Report on sanitation, dispensaries, and jails in Rajputana for 1918, and on vaccination for the year 1918-1919 - 1918-1919
Year: 1918
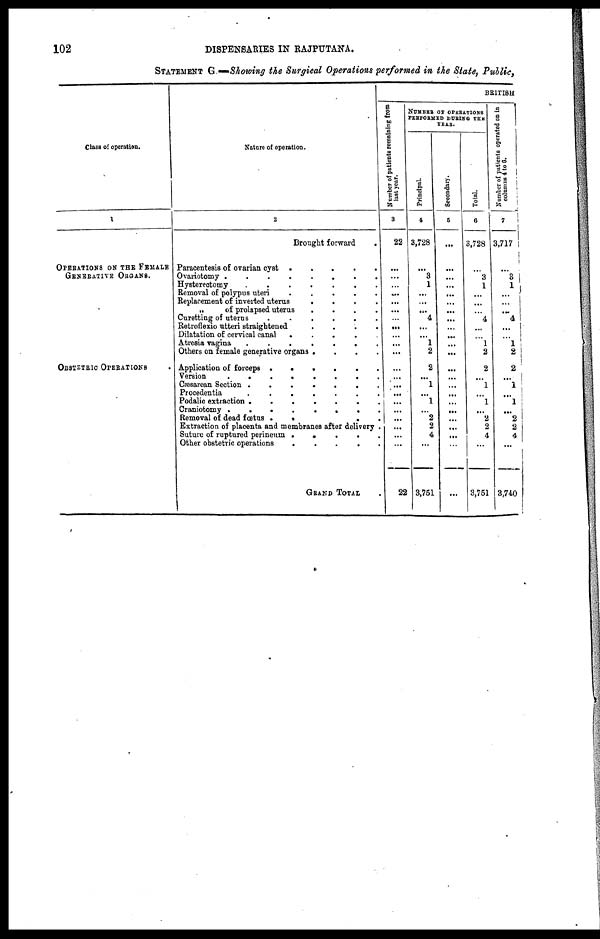
102
DISPENSARIES IN RAJPUTANA.
STATEMENT G.—Showing the Surgical Operations performed in the State, Public,
Class of operation.
1
OPERATIONS ON THE FEMALE
GRNERATIVE ORGANS.
OBSTETRIC OPERATIONS .
Nature of operation.
2
Brought forward
.
Paracentesis of ovarian cyst . . . .
Ovariotomy
.
.
.
.
.
.
Hysterectomy
.
.
.
.
.
Removal of polypus uteri
.
.
.
.
.
Replacement of inverted uterus . . . . . .
„
of prolapsed uterus
.
.
.
.
Curetting of uterus
.
.
.
.
.
Retroflexio utteri straightened
.
.
.
.
.
Dilatation of cervical canal
.
.
.
.
.
Atresia vagina
.
.
.
.
.
Others on female generative organs . . . .
Application of forceps
.
.
.
.
.
Version
.
.
.
.
.
Cæsarean Section
.
.
.
.
.
Procedentia
.
.
.
.
.
.
Podalic extraction
.
.
.
.
.
Craniotomy
.
.
.
.
.
.
Removal of dead fœtus
.
.
.
.
.
Extraction of placenta and membranes after delivery .
Suture of ruptured perineum
.
.
.
.
.
Other obstetric operations
.
.
.
.
.
GRAND TOTAL .
BRITISH
Number of patients remaining from
last year.
3
22
...
...
...
...
...
...
...
...
...
...
...
...
...
...
...
...
...
...
...
...
...
22
NUMBER OF OPERATIONS
PERFORMED DURING THE
YEAR.
Principal.
4
3,728
...
3
1
...
...
...
4
...
...
1
2
2
...
1
...
1
...
2
2
4
...
3,751
Secondary.
5
...
...
...
...
...
...
...
...
...
...
...
...
...
...
...
...
...
...
...
...
...
...
...
Total.
6
3,728
...
3
1
...
...
...
4
...
...
1
2
2
...
1
...
1
...
2
2
4
...
3,751
Number of patients operated on in
columns 4 to 6.
7
3,717
...
3
1
...
...
...
4
...
...
1
2
2
...
1
...
1
...
2
2
4
...
3,740